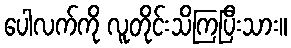
ပေါလက်ကို လူတိုင်းသိကြပြီးသား။